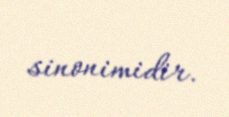
sinonimidir.